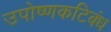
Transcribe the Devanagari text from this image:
उपोष्णकटिबंध